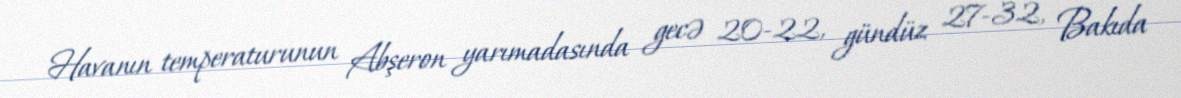
Havanın temperaturunun Abşeron yarımadasında gecə 20-22, gündüz 27-32, Bakıda